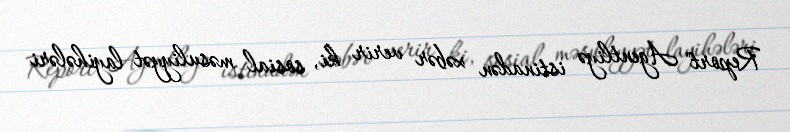
Report" Agentliyə istinadən xəbər verir ki, sosial məsuliyyət layihələri